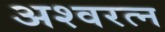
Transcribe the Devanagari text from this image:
अश्वरत्न